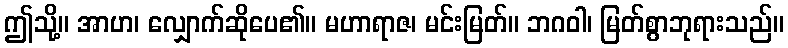
ဤသို့။ အာဟ၊ လျှောက်ဆိုပေ၏။ မဟာရာဇ၊ မင်းမြတ်။ ဘဂဝါ၊ မြတ်စွာဘုရားသည်။